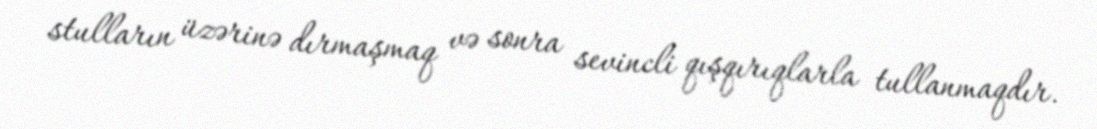
stulların üzərinə dırmaşmaq və sonra sevincli qışqırıqlarla tullanmaqdır.